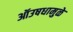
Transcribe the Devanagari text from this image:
ऑउषधामुळे